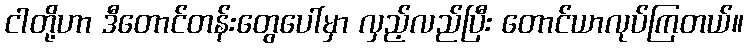
ငါတို့ဟာ ဒီတောင်တန်းတွေပေါ်မှာ လှည့်လည်ပြီး တောင်ယာလုပ်ကြတယ်။